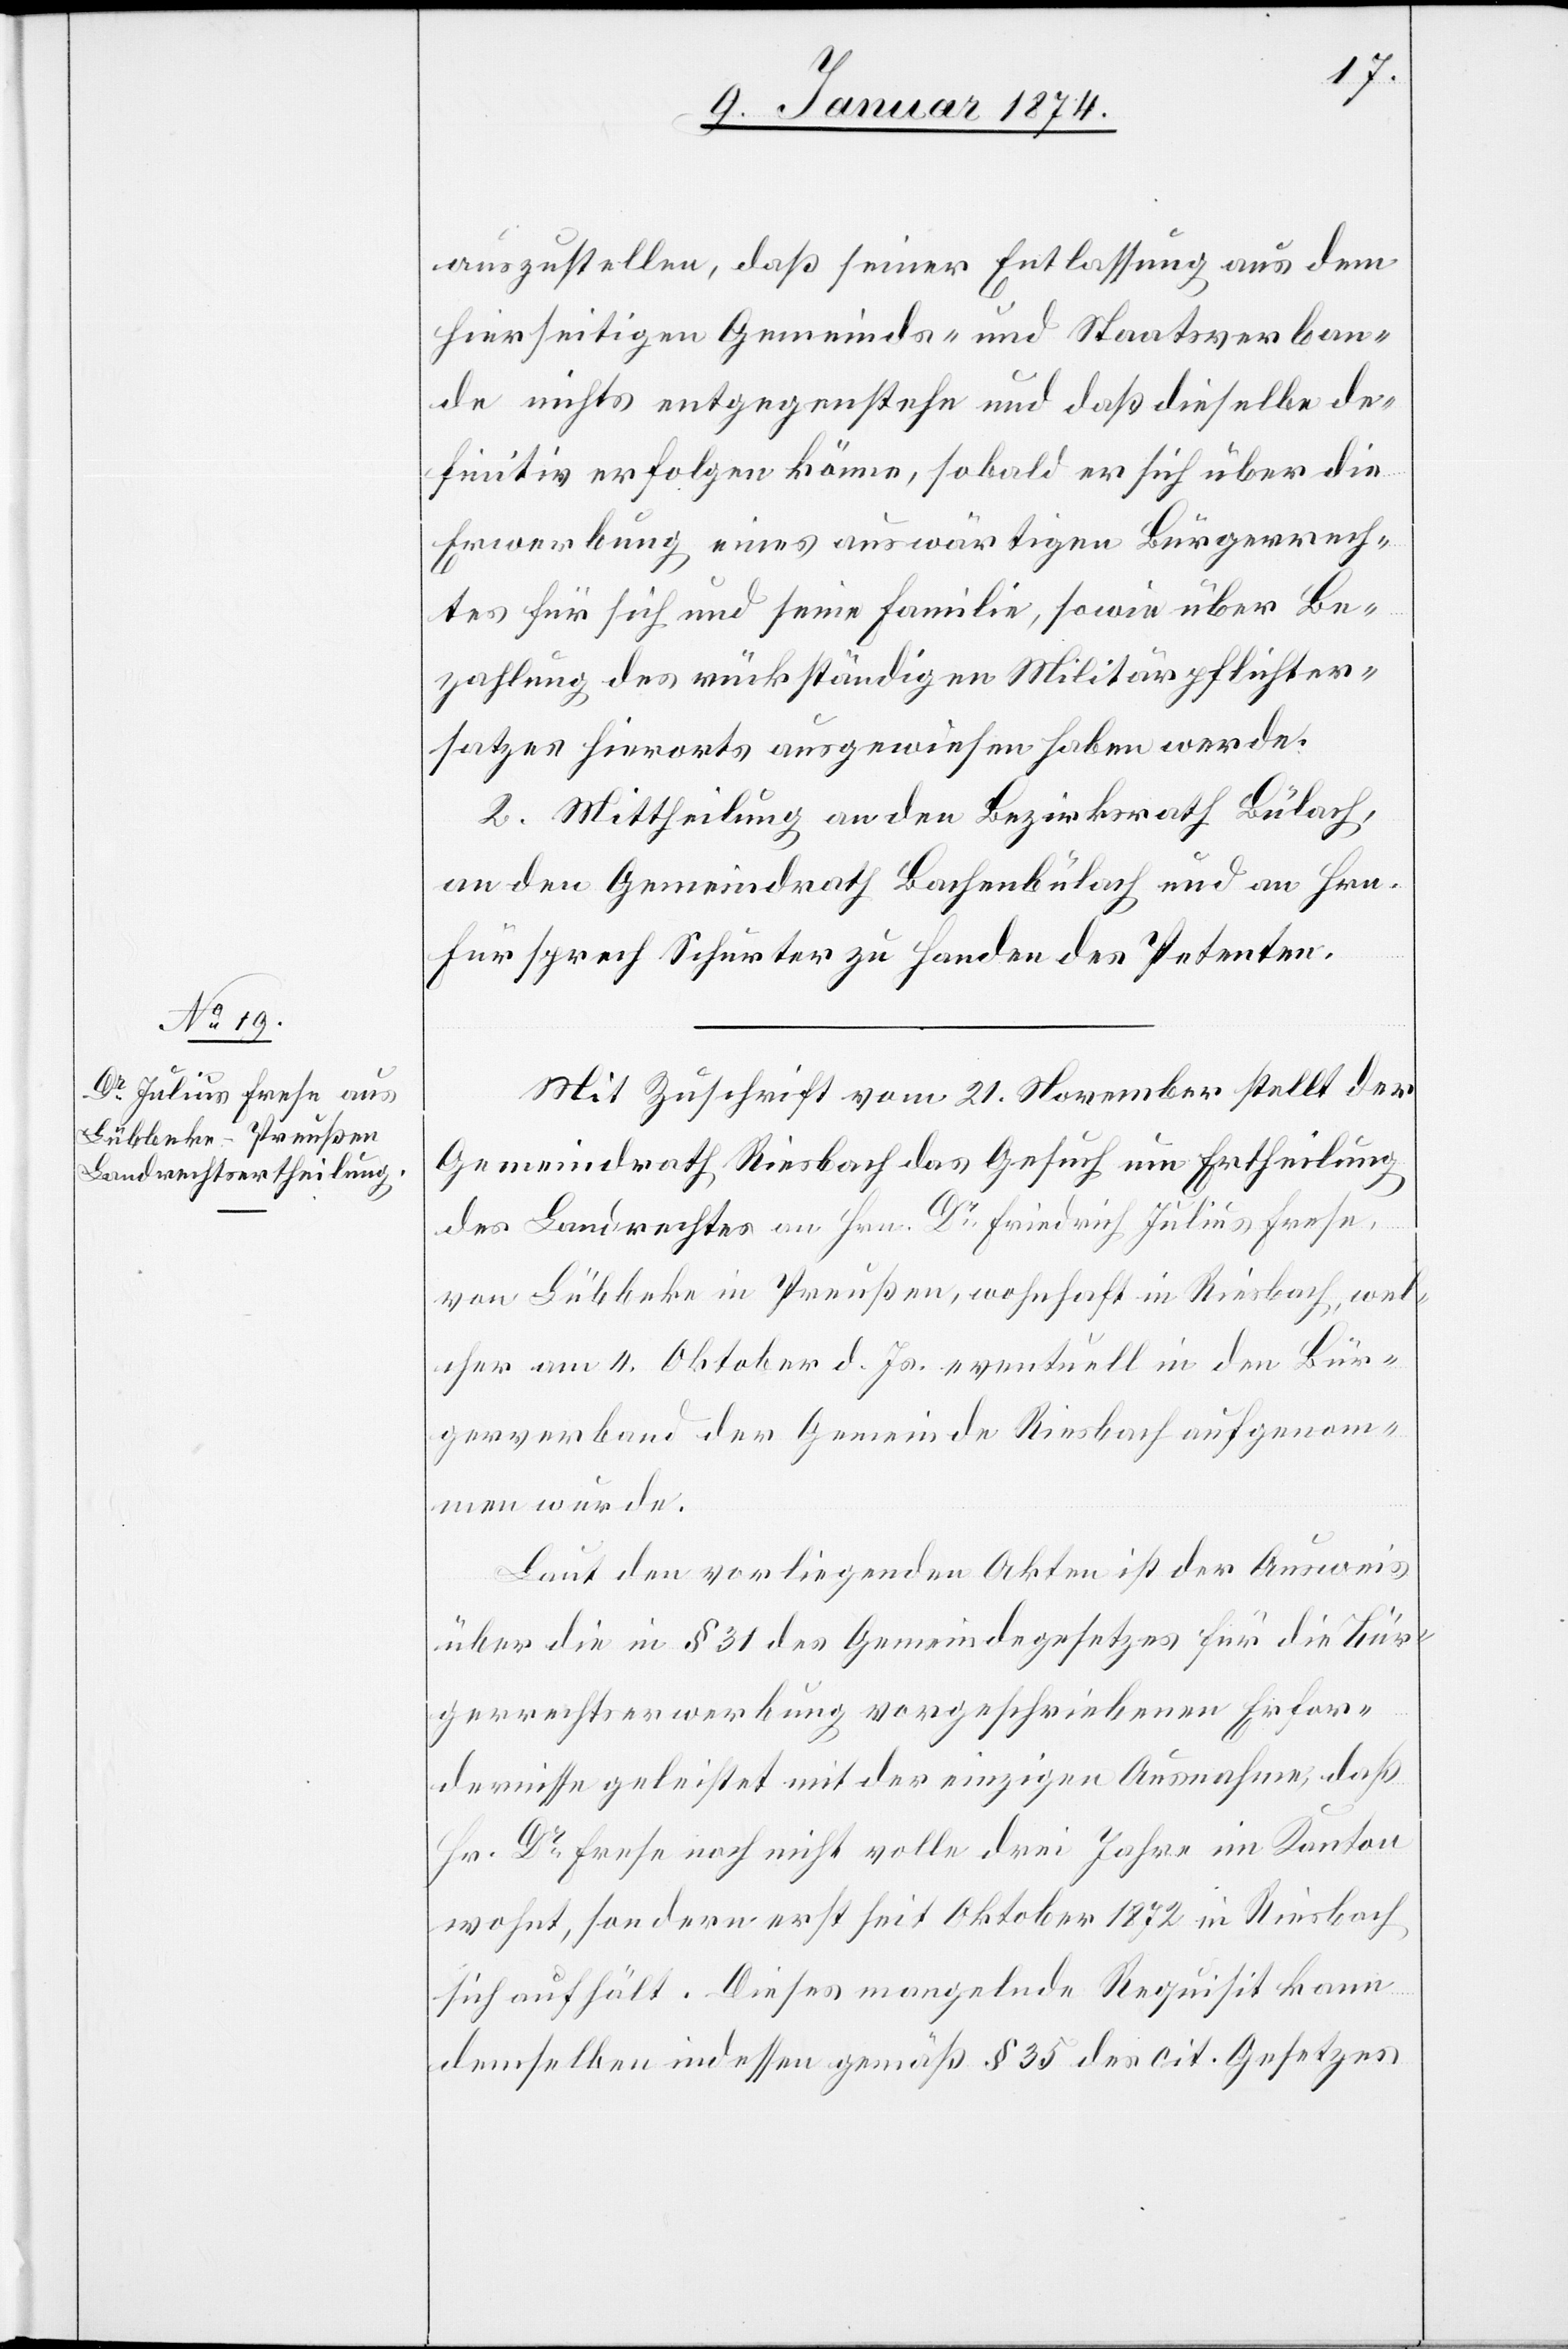
auszustellen, daß seiner Entlassung aus dem
hierseitigen Gemeinds- und Staatsverban¬
de nichts entgegenstehe und daß dieselbe de¬
finitiv erfolgen könne, sobald er sich über die
Erwerbung eines auswärtigen Bürgerrech¬
tes für sich und seine Familie, sowie über Be¬
zahlung des rückständigen Militärpflichter¬
satzes hierorts ausgewiesen haben werde.
2. Mittheilung an den Bezirksrath Bülach,
an den Gemeindrath Bachenbülach und an Hrn.
Fürsprech Schurter zu Handen des Petenten.
Mit Zuschrift vom 21. November stellt der
Gemeindrath Riesbach das Gesuch um Ertheilung
des Landrechtes an Hrn. Dr Friedrich Julius Frese,
von Lübbeke in Preußen, wohnhaft in Riesbach, wel¬
cher am 4. Oktober d. Js. eventuell in den Bür¬
gerverband der Gemeinde Riesbach aufgenom¬
men wurde.
Laut den vorliegenden Akten ist der Ausweis
über die in § 31 des Gemeindegesetzes für die Bür¬
gerrechtserwerbung vorgeschriebenen Erfor¬
dernisse geleistet mit der einzigen Ausnahme, daß
Hr. Dr Frese noch nicht volle drei Jahre im Kanton
wohnt, sondern erst seit Oktober 1872 in Riesbach
sich aufhält. Dieses mangelnde Requisit kann
demselben indessen gemäß § 35 des cit. Gesetzes